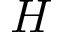
H